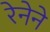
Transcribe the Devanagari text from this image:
रेनेने